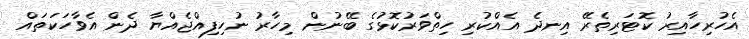
އެހުރިހާއިރު ކޮޓަރިތެރޭ އިނދެ އެއްކުރި ހިތްވަރުކޮޅުގެ ބޭނުން މިހާރު ނުހިފިއްޖެއްޔާ ދެން އެވާހަކަތައް